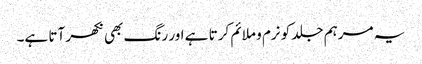
یہ مرہم جلد کو نرم و ملائم کرتا ہے اور رنگ بھی نکھر آتا ہے۔